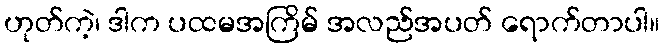
ဟုတ်ကဲ့၊ ဒါက ပထမအကြိမ် အလည်အပတ် ရောက်တာပါ။